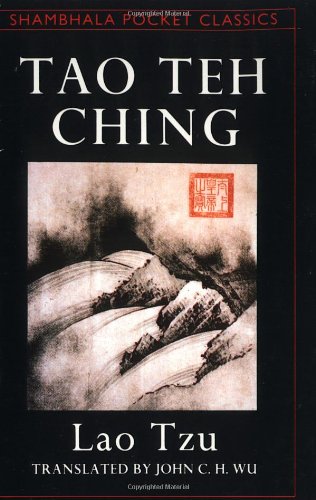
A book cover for Tao Teh Ching (Shambhala Pocket Classics); Lao Tzu; Religion & Spirituality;